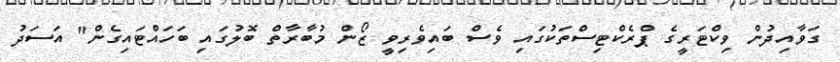
ގަވާއިދުން ވިކްޓަރީގެ ޕްރެކްޓިސްތަކުގައި ވެސް ބައިވެރިވީ ޒޯން މުބާރާތް ބޮލުގައި ބަހައްޓައިގެން" އަސަދު